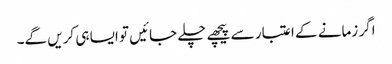
اگر زمانے کے اعتبار سے پیچھے چلے جائیں تو ایسا ہی کریں گے۔